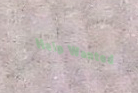
Help Wanted